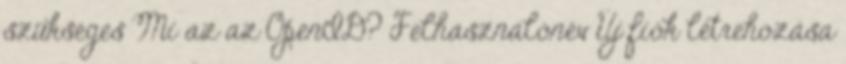
szükséges Mi az az OpenID? Felhasználónév Új fiók létrehozása